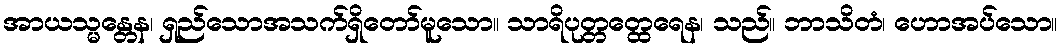
အာယသ္မန္တေန၊ ရှည်သောအသက်ရှိတော်မူသော။ သာရိပုတ္တတ္ထေရေန၊ သည်။ ဘာသိတံ၊ ဟောအပ်သော။